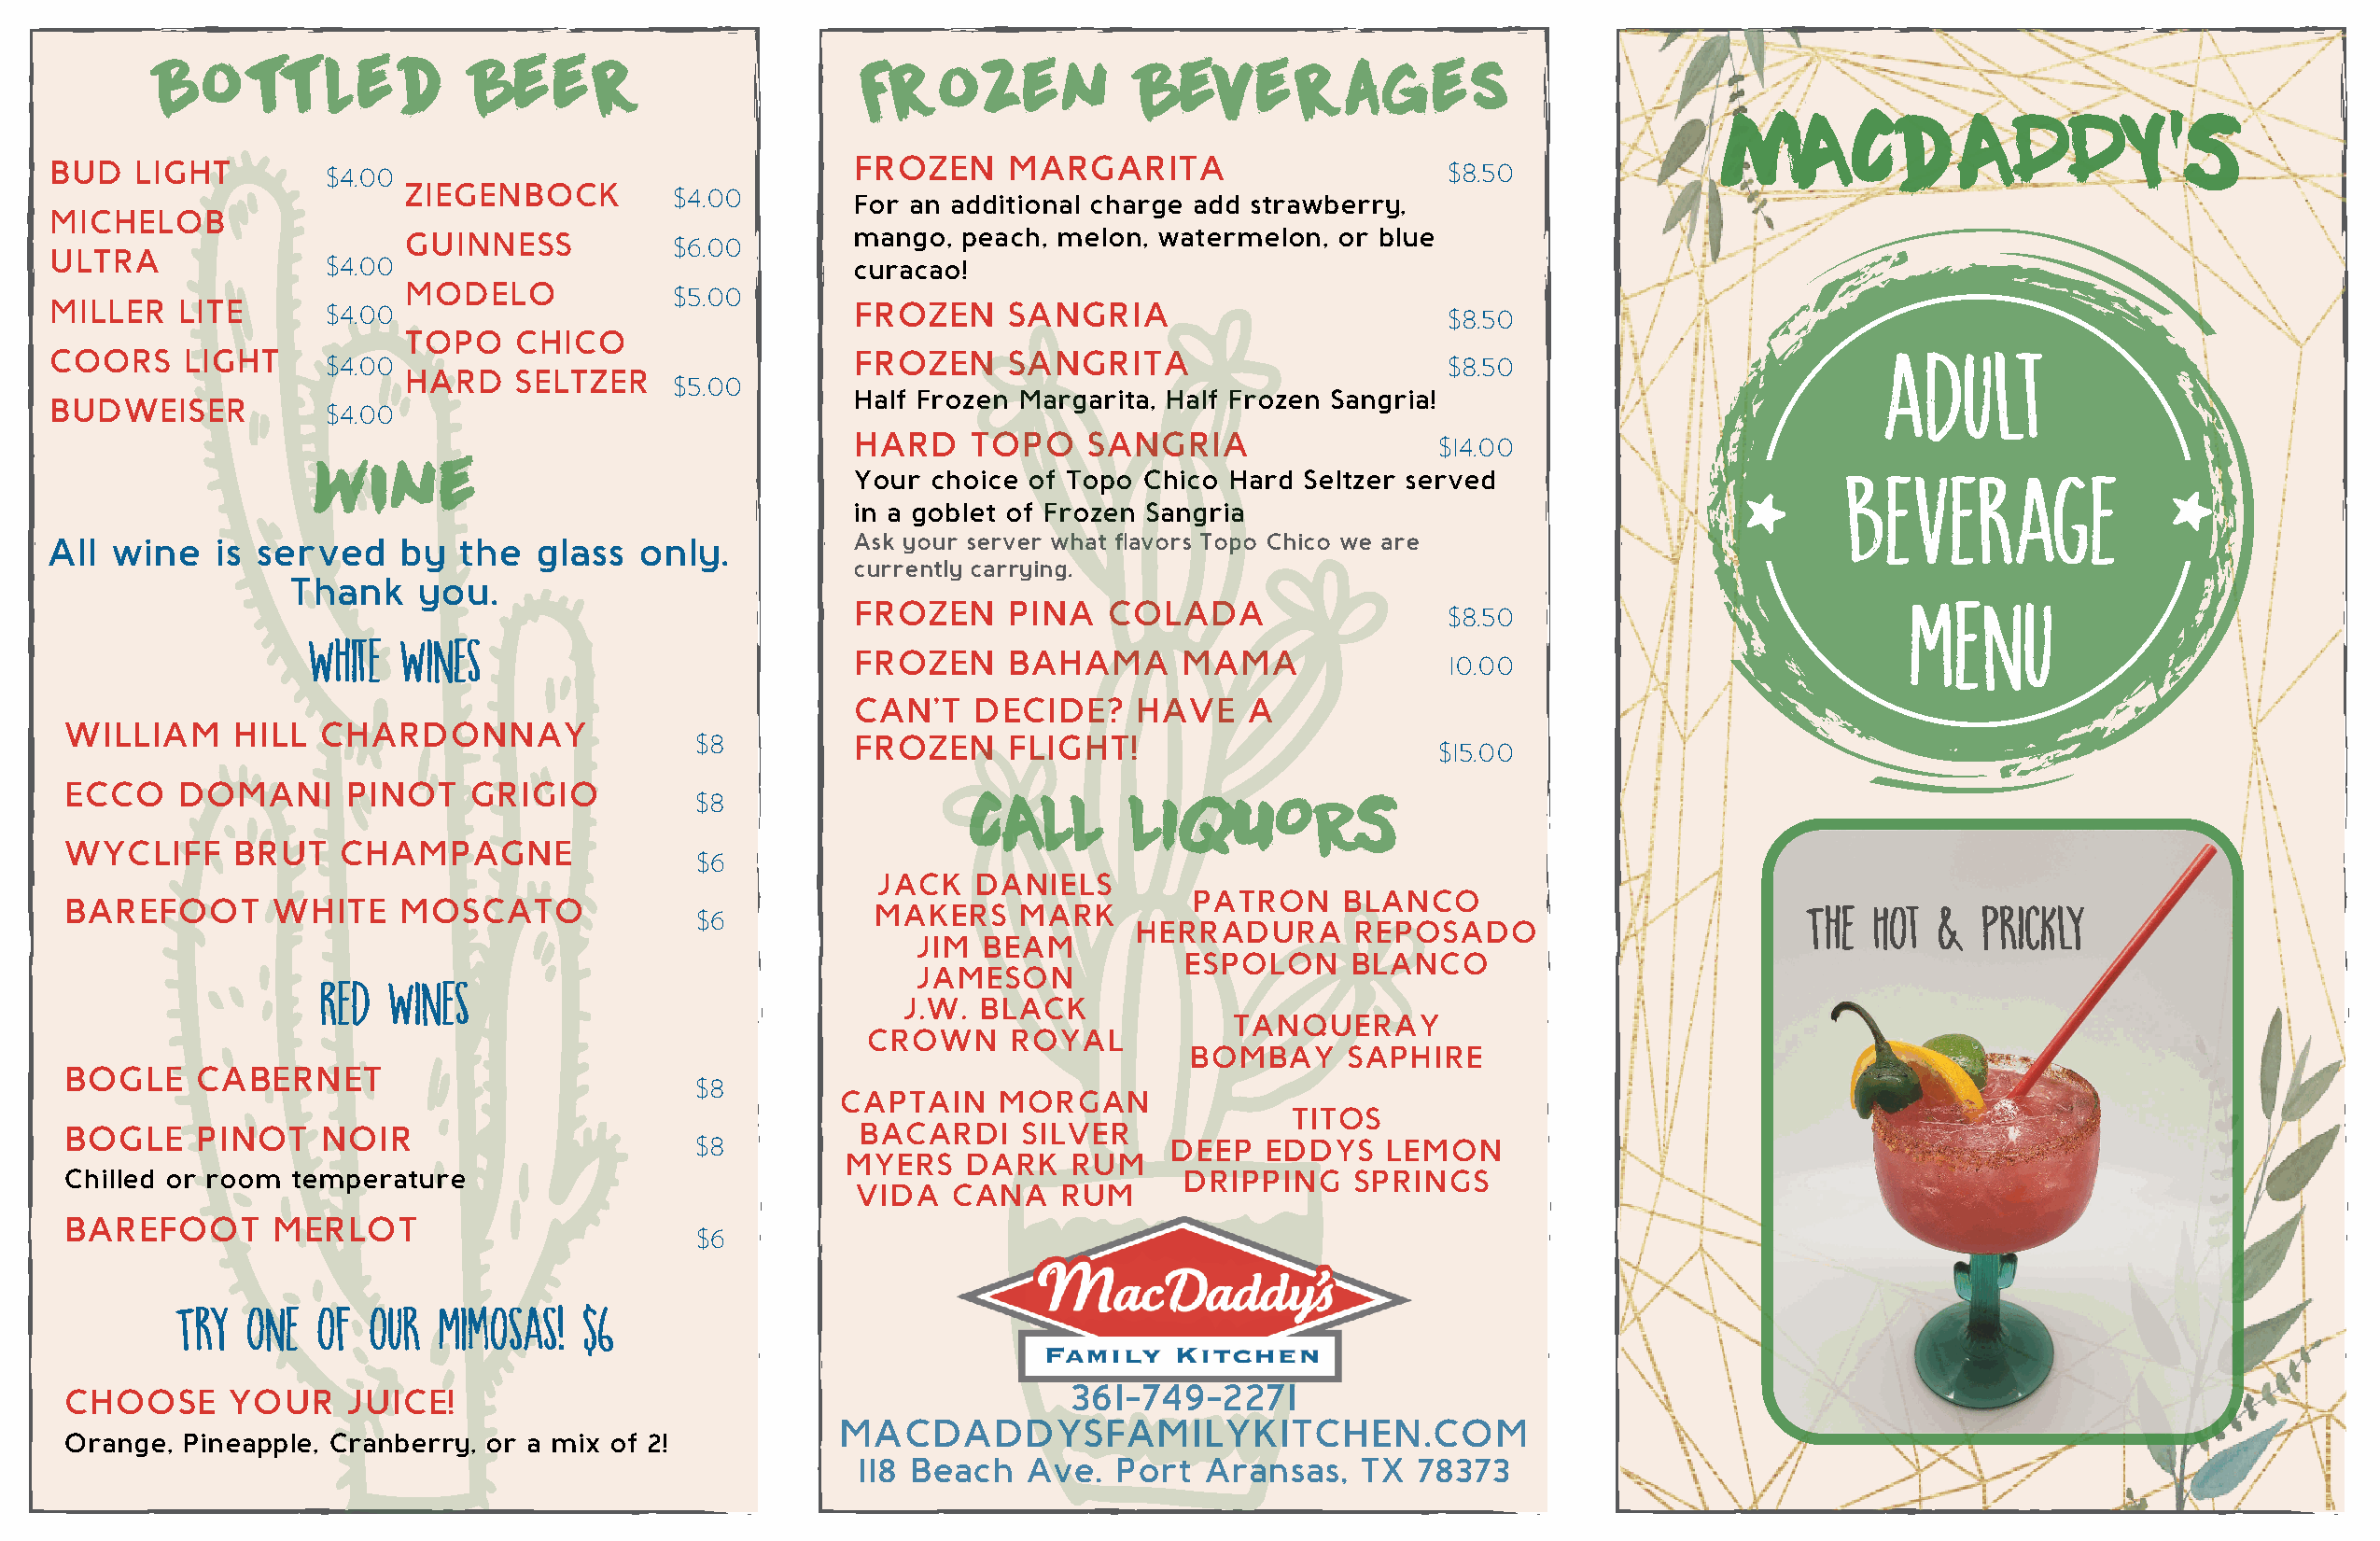
Bottled               Beer                        Frozen             Beverages
 mACdADDY'S
 BUD   LIGHT         $4.00                                 FROZEN    MARGARITA                       $8.50
 ZIEGENBOCK         $4.00
 For an additional charge add strawberry,
 MICHELOB
 GUINNESS           $6.00        mango, peach, melon, watermelon,  or blue
 ULTRA
 $4.00                                 curacao!
 MODELO             $5.00
 MILLER    LITE      $4.00                                 FROZEN    SANGRIA                         $8.50
 adult
 TOPO    CHICO
 COORS     LIGHT     $4.00                                 FROZEN    SANGRITA                        $8.50
 HARD    SELTZER
 $5.00
 Half Frozen Margarita, Half Frozen Sangria!
 BUDWEISER
 $4.00
 HARD    TOPO    SANGRIA                  $14.00                       beverage
 Wine
 Your choice of Topo Chico Hard Seltzer served
 in a goblet of Frozen Sangria
 All  wine   is served    by   the  glass  only.           Ask your server what flavors Topo Chico we are
 currently carrying.                                                       Menu
 Thank    you.
 FROZEN    PINA    COLADA
 $8.50
 White Wines
 FROZEN    BAHAMA       MAMA               10.00
 CAN'T   DECIDE?     HAVE   A
 WILLIAM    HILL   CHARDONNAY
 $8          FROZEN    FLIGHT!
 $15.00
 ECCO    DOMANI     PINOT    GRIGIO
 $8                  CALL       LIQUORS
 WYCLIFF     BRUT   CHAMPAGNE
 $6
 JACK   DANIELS
 PATRON    BLANCO                           The  Hot &   Prickly
 BAREFOOT      WHITE    MOSCATO                           MAKERS    MARK
 $6
 HERRADURA       REPOSADO
 JIM  BEAM
 ESPOLON     BLANCO
 Red Wines                                 JAMESON
 J.W. BLACK
 TANQUERAY
 CROWN      ROYAL
 BOMBAY      SAPHIRE
 BOGLE    CABERNET
 $8
 CAPTAIN    MORGAN
 TITOS
 BOGLE    PINOT    NOIR                                  BACARDI    SILVER
 $8                                DEEP   EDDYS   LEMON
 MYERS   DARK    RUM
 Chilled or room temperature                                                    DRIPPING    SPRINGS
 VIDA  CANA    RUM
 BAREFOOT      MERLOT
 $6
 Try  one  of  our  Mimosas!  $6
 361-749-2271
 CHOOSE     YOUR     JUICE!
 MACDADDYSFAMILYKITCHEN.COM
 Orange, Pineapple, Cranberry, or a mix of 2!
 118 Beach   Ave.  Port  Aransas,   TX  78373